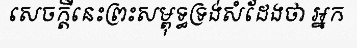
សេចក្តីនេះព្រះសម្ពុទ្ធទ្រង់សំដែងថា អ្នក